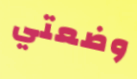
وضعتي